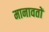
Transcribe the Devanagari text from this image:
मानावतों